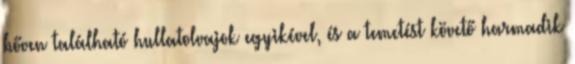
bőven található hullatolvajok egyikével, és a temetést követő harmadik